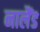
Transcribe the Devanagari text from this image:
नालैंड